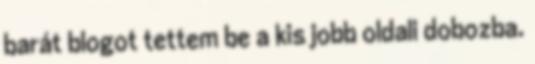
barát blogot tettem be a kis jobb oldali dobozba.